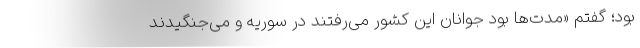
بود؛ گفتم «مدت‌ها بود جوانان این کشور می‌رفتند در سوریه و می‌جنگیدند